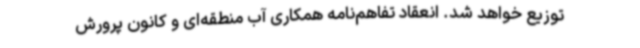
توزیع خواهد شد. انعقاد تفاهم‌نامه همکاری آب منطقه‌ای و کانون پرورش